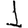
Digit: 1